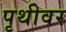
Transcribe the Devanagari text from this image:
पृथीवर